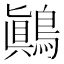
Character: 鷆